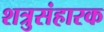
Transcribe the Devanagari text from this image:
शत्रुसंहारक